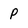
Character: P